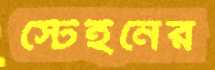
স্টেইনের